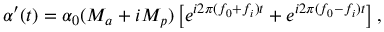
{ \alpha } ^ { \prime } ( t ) = { { \alpha } _ { 0 } } ( { { M } _ { a } } + i { { M } _ { p } } ) \left[ { { e } ^ { i 2 \pi ( { { f } _ { 0 } } + { { f } _ { i } } ) t } } + { { e } ^ { i 2 \pi ( { { f } _ { 0 } } - { { f } _ { i } } ) t } } \right] ,